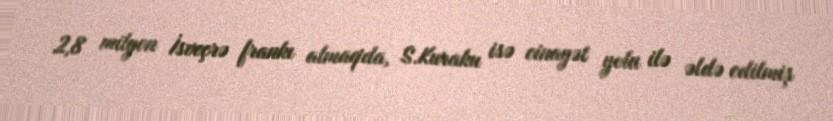
2,8 milyon İsveçrə frankı almaqda, S.Kuraku isə cinayət yolu ilə əldə edilmiş